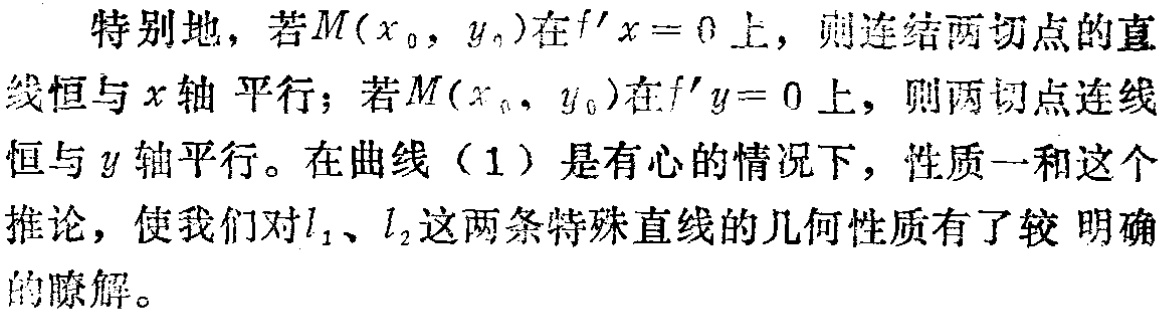
特别地，若\(M(x_{0},y_{0})\)在\(f^{\prime}x = 0\)上，则连结两切点的直线恒与\(x\)轴 平行；若\(M(x_{0},y_{0})\)在\(f^{\prime}y = 0\)上，则两切点连线恒与\(y\)轴平行。在曲线（1）是有心的情况下，性质一和这个推论，使我们对\(l_{1}\)、\(l_{2}\)这两条特殊直线的几何性质有了较 明确的瞭解。